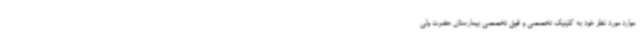
موارد مورد نظر خود به کلینیک تخصصی و فوق تخصصی بیمارستان حضرت ولی